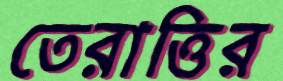
তেরাত্তির